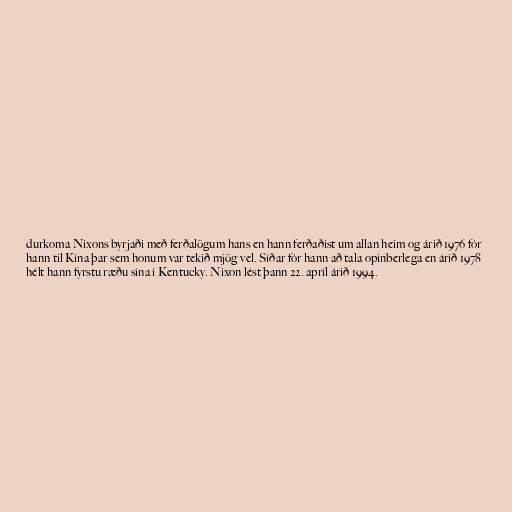
durkoma Nixons byrjaði með ferðalögum hans en hann ferðaðist um allan heim og árið 1976 fór
hann til Kína þar sem honum var tekið mjög vel. Síðar fór hann að tala opinberlega en árið 1978
hélt hann fyrstu ræðu sína í Kentucky. Nixon lést þann 22. apríl árið 1994.